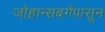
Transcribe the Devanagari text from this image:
जोहान्सबर्गपासून